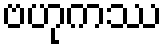
ဗဟုကဿ